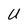
Character: U